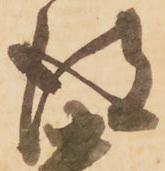
得